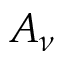
A _ { \nu }